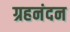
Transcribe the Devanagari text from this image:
ग्रहनंदन